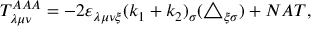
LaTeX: T _ { \lambda \mu \nu } ^ { A A A } = - 2 \varepsilon _ { \lambda \mu \nu \xi } ( k _ { 1 } + k _ { 2 } ) _ { \sigma } ( \triangle _ { \xi \sigma } ) + N A T ,